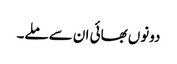
دونوں بھائی ان سے ملے۔